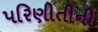
પરિણીતીની